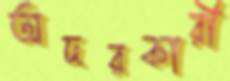
অদরকারী